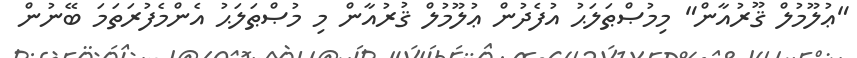
"ޢުލޫމުލް ޤޫރުއާން" މިމުޞްޠަލަޙު އުފެދުން ޢުލޫމުލް ޤުރުއާން މި މުޞްޠަލަޙު އެންމެފުރަތަމަ ބޭނުން